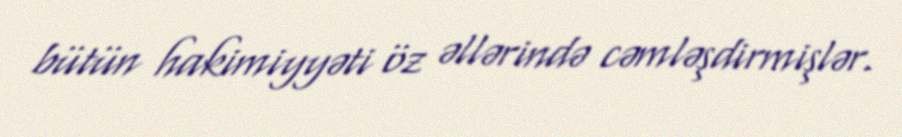
bütün hakimiyyəti öz əllərində cəmləşdirmişlər.